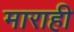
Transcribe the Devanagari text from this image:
माराही